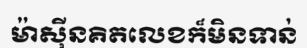
ម៉ាស៊ីនគិតលេខក៏មិនទាន់